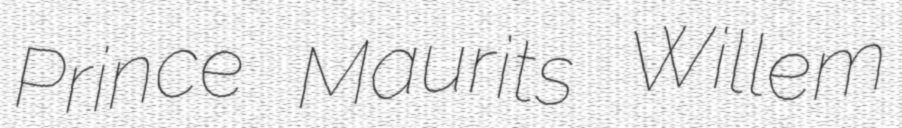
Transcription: Prince Maurits Willem